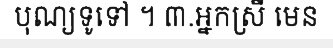
បុណ្យទូទៅ ។ ៣.អ្នកស្រី មេន